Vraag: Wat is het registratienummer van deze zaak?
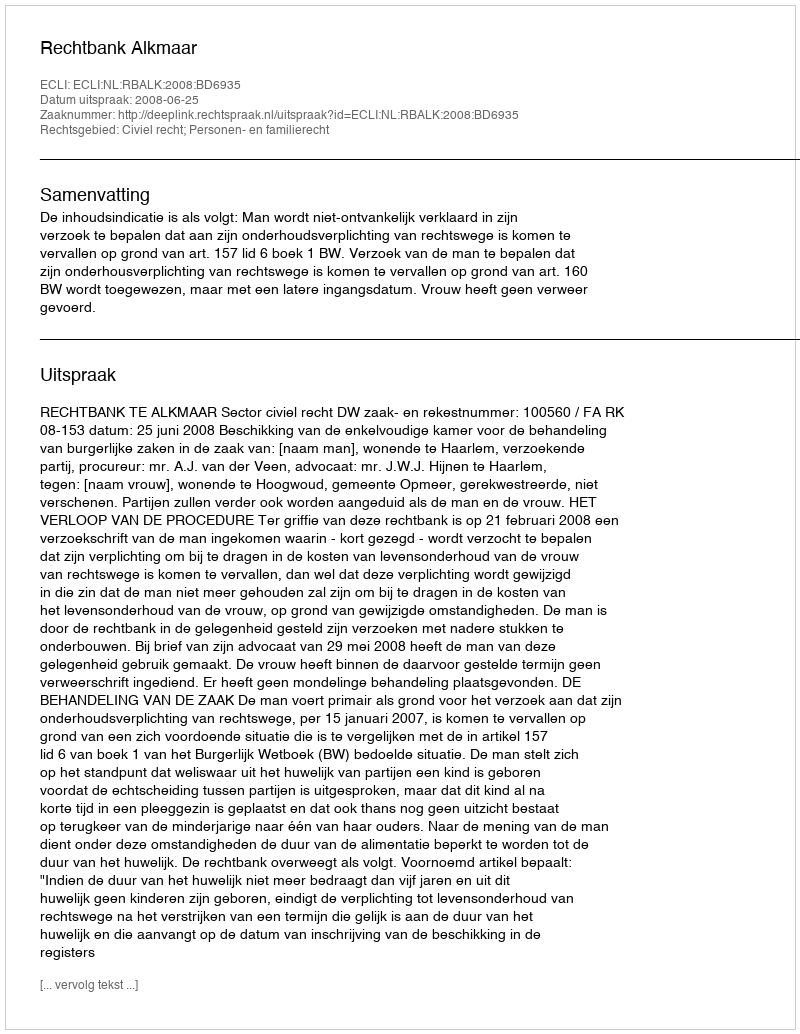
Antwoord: http://deeplink.rechtspraak.nl/uitspraak?id=ECLI:NL:RBALK:2008:BD6935